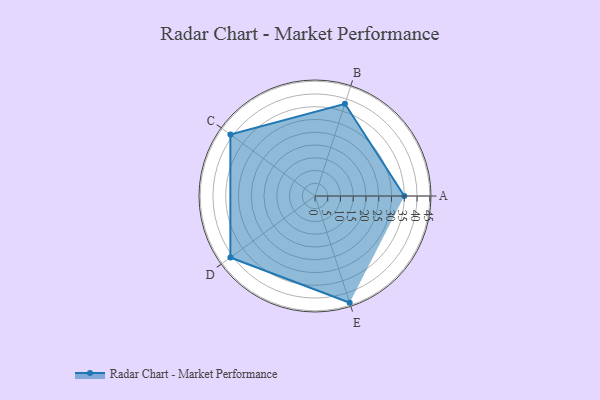
{"axis": {"x": "Skill", "y": "Score"}, "legend": ["Profile"], "data": [{"x": "A", "y": 35.0, "type": "Profile"}, {"x": "B", "y": 38.0, "type": "Profile"}, {"x": "C", "y": 41.0, "type": "Profile"}, {"x": "D", "y": 41.0, "type": "Profile"}, {"x": "E", "y": 44.0, "type": "Profile"}]}